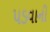
પડવાની